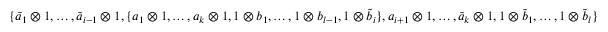
\{ \tilde { a } _ { 1 } \otimes 1 , \dots , \tilde { a } _ { i - 1 } \otimes 1 , \{ a _ { 1 } \otimes 1 , \dots , a _ { k } \otimes 1 , 1 \otimes b _ { 1 } , \dots , 1 \otimes b _ { l - 1 } , 1 \otimes \tilde { b } _ { i } \} , a _ { i + 1 } \otimes 1 , \dots , \tilde { a } _ { k } \otimes 1 , 1 \otimes \tilde { b } _ { 1 } , \dots , 1 \otimes \tilde { b } _ { l } \}